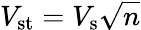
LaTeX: V_{\mathrm{st}}=V_{\mathrm{s}}{\sqrt{n}}